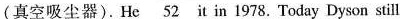
(真空吸尘器).He\underline{52} it in 1978. Today Dyson still